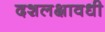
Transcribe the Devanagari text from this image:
दशलक्षावधी